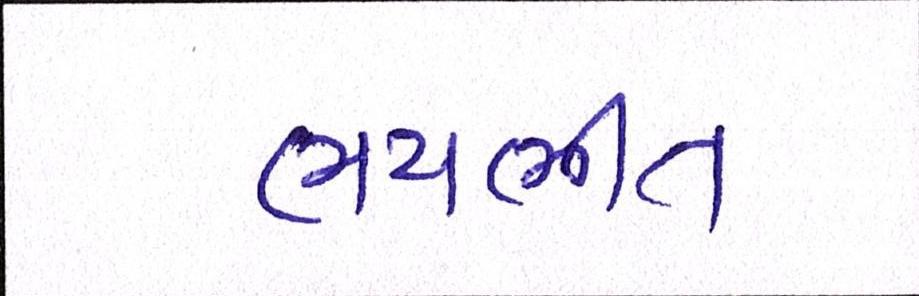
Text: ભયભીત